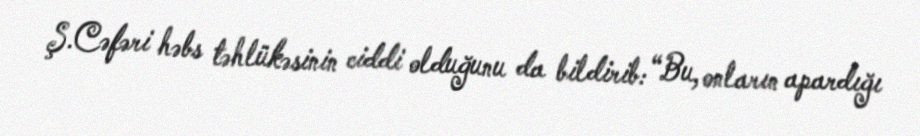
Ş.Cəfəri həbs təhlükəsinin ciddi olduğunu da bildirib: “Bu, onların apardığı